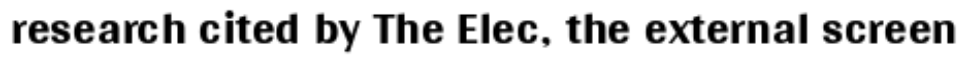
research cited by The Elec, the external screen